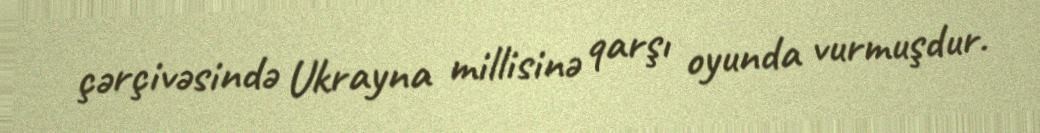
çərçivəsində Ukrayna millisinə qarşı oyunda vurmuşdur.